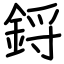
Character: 鋝